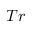
T r